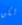
لكن